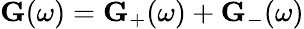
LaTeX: \textbf{G}(\omega)=\textbf{G}_{+}(\omega)+\textbf{G}_{-}(\omega)